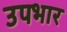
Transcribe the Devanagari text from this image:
उपभार